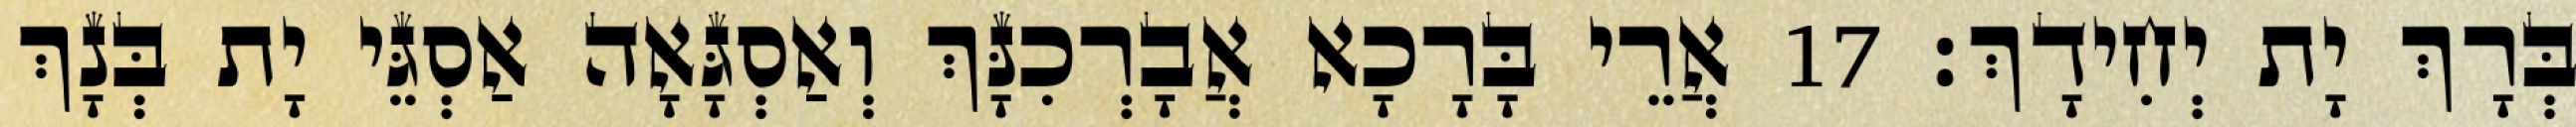
בְּרָךְ יָת יְחִידָךְ׃ 17 אֲרֵי בָּרָכָא אֲבָרְכִנָּךְ וְאַסְגָּאָה אַסְגֵּי יָת בְּנָךְ